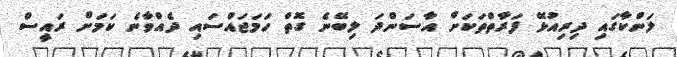
ލަންކާގައި ދިރިއުޅޭ ފަރާތްތަކަށް އާސަންދަ ލިބޭނެ ގޮތް ހަމަޖައްސައި ދެއްވާނެ ކަމަށް ރައީސް